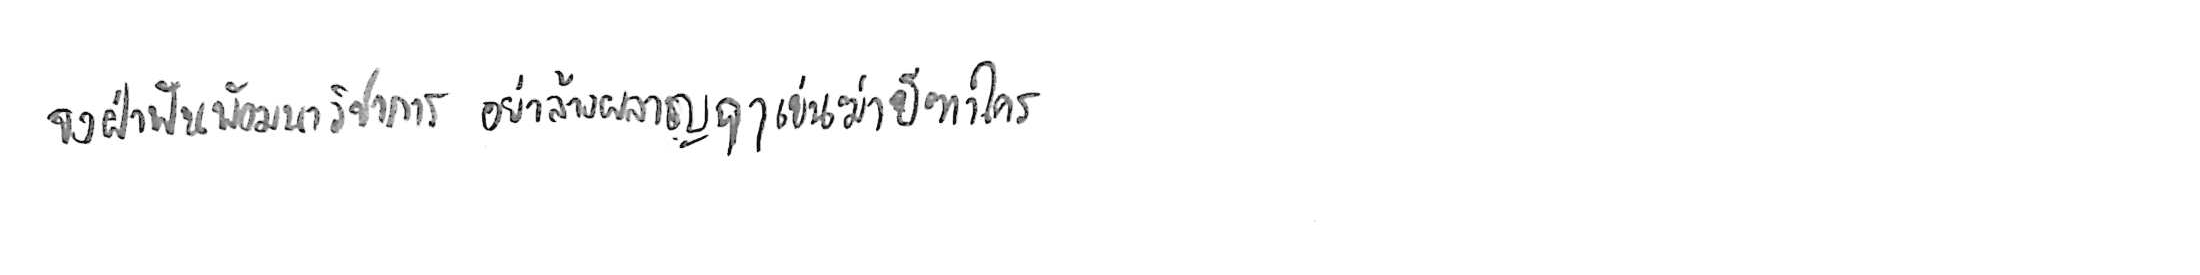
จงฝ่าฟันพัฒนาวิชาการ อย่าล้างผลาญฤๅเข่นฆ่าบีฑาใคร